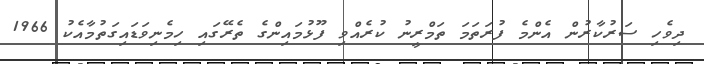
ދިވެހި ސަރުކާރުން އެންމެ ފުރަތަމަ ތަމްރީނު ކުރެއްވި ފޫޅުމައިންގެ ތެރޭގައި ހިމެނިވަޑައިގަތުމާއެކު 1966